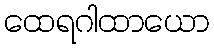
ထေရဂါထာယော